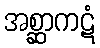
အစ္ဆာကဋံ